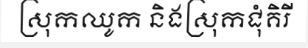
ស្រុកឈូក និងស្រុកជុំគិរី